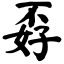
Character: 孬